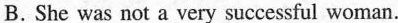
B.She was not a very successful woman.